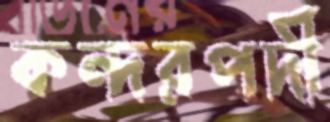
কন্দরপদী